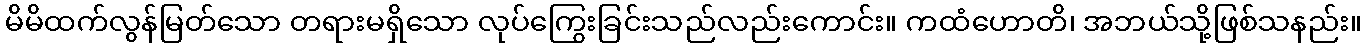
မိမိထက်လွန်မြတ်သော တရားမရှိသော လုပ်ကြွေးခြင်းသည်လည်းကောင်း။ ကထံဟောတိ၊ အဘယ်သို့ဖြစ်သနည်း။